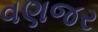
વણજર